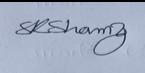
Signature authenticity: genuine